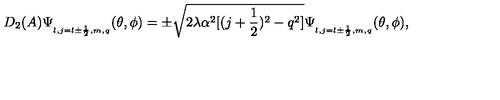
D _ { 2 } ( A ) \Psi _ { _ { l , j = l \pm \frac { 1 } { 2 } , m , q } } ( \theta , \phi ) = \pm \sqrt { 2 \lambda \alpha ^ { 2 } [ ( j + \frac { 1 } { 2 } ) ^ { 2 } - q ^ { 2 } ] } \Psi _ { _ { l , j = l \pm \frac { 1 } { 2 } , m , q } } ( \theta , \phi ) ,